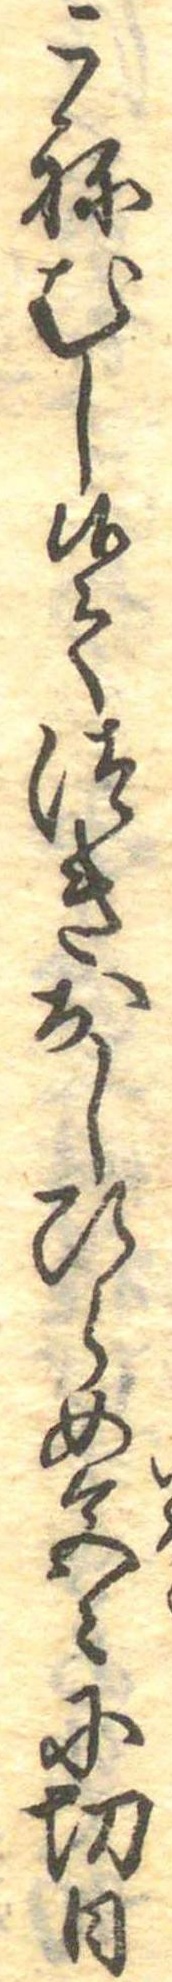
こねむし候てつきおしひらめ色〻に切日